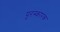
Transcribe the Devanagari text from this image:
पुरस्कारक